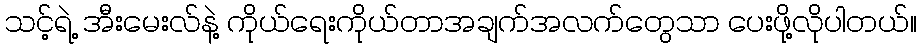
သင့်ရဲ့ အီးမေးလ်နဲ့ ကိုယ်ရေးကိုယ်တာအချက်အလက်တွေသာ ပေးဖို့လိုပါတယ်။